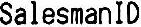
SALESMANID